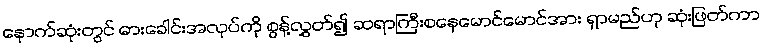
နောက်ဆုံးတွင် ဓားခေါင်းအလုပ်ကို စွန့်လွှတ်၍ ဆရာကြီးစနေမောင်မောင်အား ရှာမည်ဟု ဆုံးဖြတ်ကာ